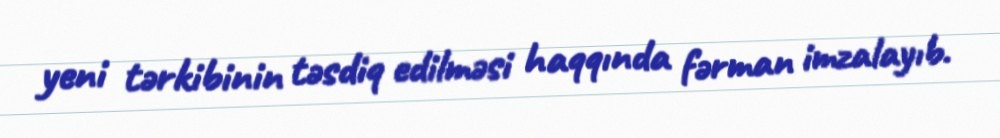
yeni tərkibinin təsdiq edilməsi haqqında fərman imzalayıb.